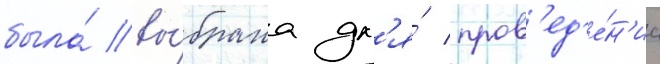
была́ вы́брана дл'я́ пров'ед'е́н'иа